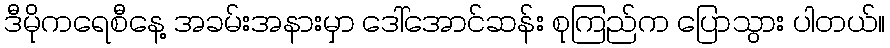
ဒီမိုကရေစီနေ့ အခမ်းအနားမှာ ဒေါ်အောင်ဆန်း စုကြည်က ပြောသွား ပါတယ်။